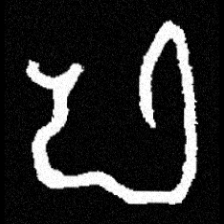
Pyu character \u2014 Myanmar letter: ဖ (romanized: pha)